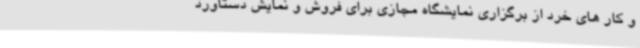
و کار های خرد از برگزاری نمایشگاه مجازی برای فروش و نمایش دستاورد